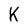
Character: K